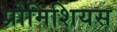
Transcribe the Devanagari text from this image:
प्रोमिशियस